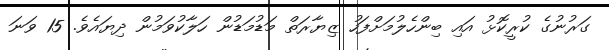
ގަރުނުގެ ކުރީކޮޅު އައި ބިންހެލުމަށްފަހު ޒިޔާރަތް މަޑުމަޑުން ހަލާކުވަމުން ދިޔައެވެ. 15 ވަނަ